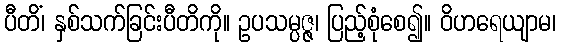
ပီတိံ၊ နှစ်သက်ခြင်းပီတိကို။ ဥပသမ္ပဇ္ဇ၊ ပြည့်စုံစေ၍။ ဝိဟရေယျာမ၊